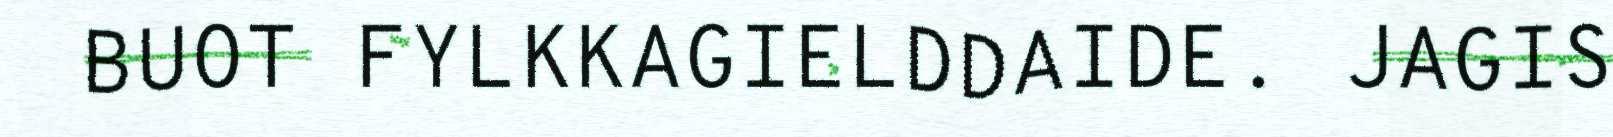
BUOT FYLKKAGIELDDAIDE. JAGIS